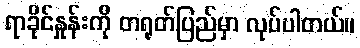
ရာခိုင်နှုန်းကို တရုတ်ပြည်မှာ လုပ်ပါတယ်။